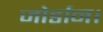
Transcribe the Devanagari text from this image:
जोर्डान।